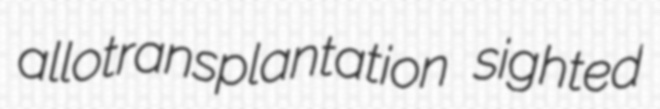
allotransplantation sighted